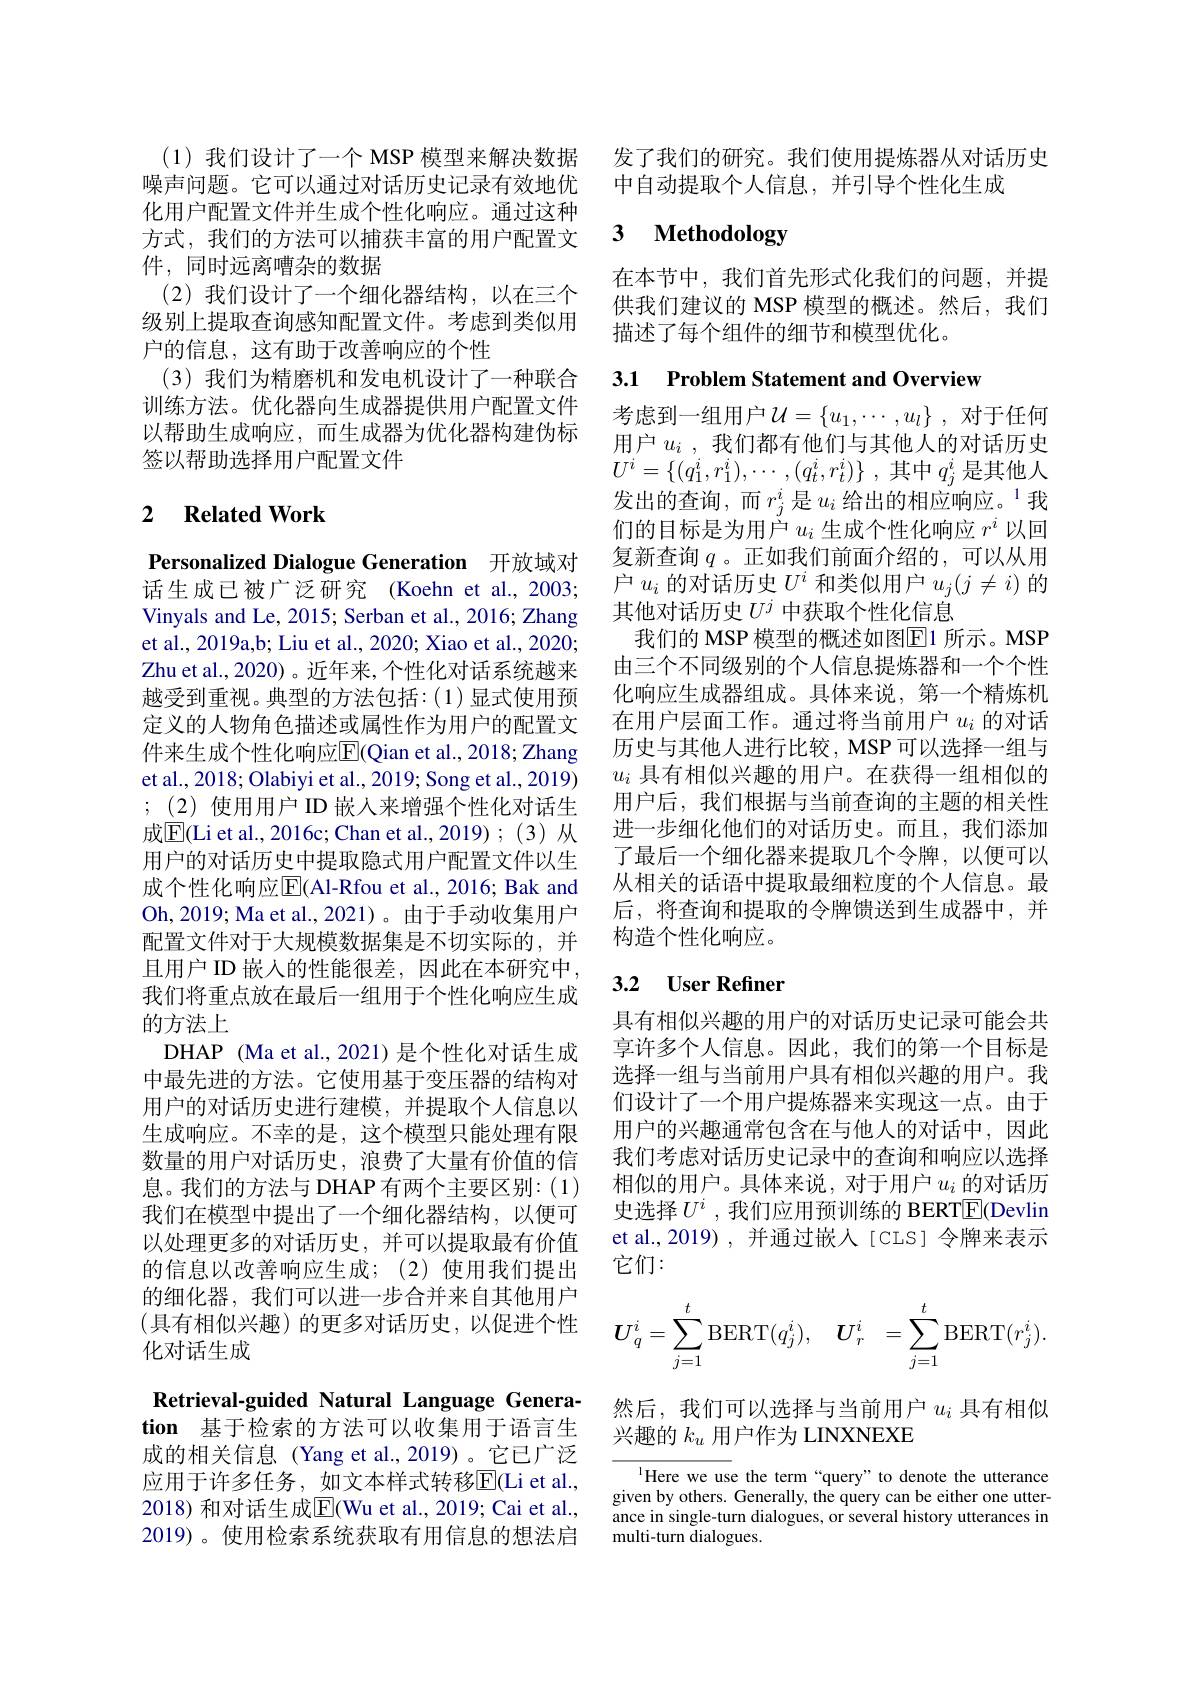
(1)我们设计了一个 MSP 模型来解决数据噪声问题。它可以通过对话历史记录有效地优化用户配置文件并生成个性化响应。通过这种方式，我们的方法可以捕获丰富的用户配置文件，同时远离嘈杂的数据
(2)我们设计了一个细化器结构，以在三个级别上提取查询感知配置文件。考虑到类似用户的信息，这有助于改善响应的个性
(3)我们为精磨机和发电机设计了一种联合训练方法。优化器向生成器提供用户配置文件以帮助生成响应，而生成器为优化器构建伪标签以帮助选择用户配置文件

### 2 $\textbf{Related Work}$

Personalized Dialogue Generation 开放域对话生成已被广泛研究(Koehn et al., 2003; Vinyals and Le, 2015; Serban et al., 2016; Zhang et al., 2019a,b; Liu et al., 2020; Xiao et al., 2020; Zhu et al., 2020)。近年来，个性化对话系统越来越受到重视。典型的方法包括：(1)显式使用预定义的人物角色描述或属性作为用户的配置文件来生成个性化响应$\overline{\mathrm{E}}($Qian et al., 2018; Zhang et al., 2018; Olabiyi et al., 2019; Song et al., 2019) ; (2)使用用户 ID 嵌入来增强个性化对话生成$\overline{\mathrm{E}}($Li et al., 2016c; Chan et al., 2019); (3) 从用户的对话历史中提取隐式用户配置文件以生成个性化响应$\overline{\mathrm{E}}($Al-Rfou et al., 2016; Bak and Oh,2019; Ma et al., 2021)。由于手动收集用户配置文件对于大规模数据集是不切实际的，并且用户 ID 嵌人的性能很差，因此在本研究中， 我们将重点放在最后一组用于个性化响应生成的方法上
DHAP (Ma et al., 2021) 是个性化对话生成中最先进的方法。它使用基于变压器的结构对用户的对话历史进行建模，并提取个人信息以生成响应。不幸的是，这个模型只能处理有限数量的用户对话历史，浪费了大量有价值的信息。我们的方法与 DHAP 有两个主要区别：(1) 我们在模型中提出了一个细化器结构，以便可以处理更多的对话历史，并可以提取最有价值的信息以改善响应生成；(2)使用我们提出的细化器，我们可以进一步合并来自其他用户$\begin{array}{l}{(\text{具有相似兴趣)的更多对话历史，以促进个性}}\\{\text{化对话生成}}\end{array}$ Retrieval-guided Natural Language Genera-

tion 基于检索的方法可以收集用于语言生成的相关信息(Yang et al.,2019)。它已广泛应用于许多任务，如文本样式转移$\overline{\mathrm{E}}($Li et al., 2018) 和对话生成$\overline{\mathrm{E}}($Wu et al., 2019; Cai et al., 2019)。使用检索系统获取有用信息的想法启

发了我们的研究。我们使用提炼器从对话历史
中自动提取个人信息，并引导个性化生成

### $\textbf{3}$ $\textbf{Methodology}$

在本节中，我们首先形式化我们的问题，并提供我们建议的 MSP 模型的概述。然后，我们描述了每个组件的细节和模型优化。

3.1 Problem Statement and Overview

考虑到一组用户$\mathcal{U}=\{u_1,\cdots,u_l\}$ ,对于任何用户$u_i$ ,我们都有他们与其他人的对话历史$U^i= \{ ( q_1^i, r_1^i) , \cdots , ( q_t^i, r_t^i) \}$ ,其中$q_j^i$ 是其他人发出的查询，而$r_j^i$是$u_i$ 给出的相应响应。$^1$我们的目标是为用户$u_i$生成个性化响应$r^i$以回复新查询$q$ 。正如我们前面介绍的，可以从用户$u_i$的对话历史$U^i$和类似用户$u_j(j\neq i)$的其他对话历史$U^j$ 中获取个性化信息
我们的 MSP 模型的概述如图$\boxed{\mathrm{E}}1$ 所示。MSP 由三个不同级别的个人信息提炼器和一个个性化响应生成器组成。具体来说，第一个精炼机在用户层面工作。通过将当前用户$u_i$ 的对话历史与其他人进行比较，MSP可以选择一组与$u_i$具有相似兴趣的用户。在获得一组相似的用户后，我们根据与当前查询的主题的相关性进一步细化他们的对话历史。而且，我们添加了最后一个细化器来提取几个令牌，以便可以从相关的话语中提取最细粒度的个人信息。最后，将查询和提取的令牌馈送到生成器中，并构造个性化响应。

## 3.2 $\textbf{User Refiner}$

具有相似兴趣的用户的对话历史记录可能会共享许多个人信息。因此，我们的第一个目标是选择一组与当前用户具有相似兴趣的用户。我们设计了一个用户提炼器来实现这一点。由于用户的兴趣通常包含在与他人的对话中，因此我们考虑对话历史记录中的查询和响应以选择相似的用户。具体来说，对于用户$u_i$ 的对话历史选择$U^i$ ,我们应用预训练的 BERTE(Devlin et al.,2019),并通过嵌入[CLS]令牌来表示它们：
$$\boldsymbol{U}_q^i=\sum_{j=1}^t\mathrm{BERT}(q_j^i),\quad\boldsymbol{U}_r^i\:=\sum_{j=1}^t\mathrm{BERT}(r_j^i).$$
然后，我们可以选择与当前用户$u_i$具有相似
兴趣的$k_u$用户作为 LINXNEXE
$^{1}$Here we use the term“query”to denote the utterance

given by others. Generally, the query can be either one utterance in single-turn dialogues, or several history utterances in multi-turn $\bar{\text{dialogues}}$